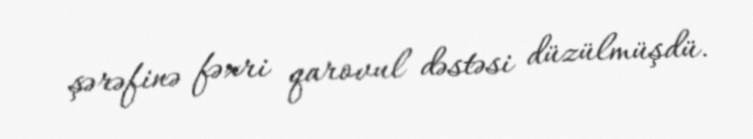
şərəfinə fəxri qarovul dəstəsi düzülmüşdü.